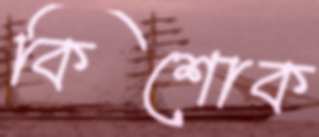
কিশোক